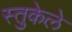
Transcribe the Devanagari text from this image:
स्तुकेले